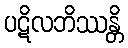
ပဋိလဘိဿန္တိ